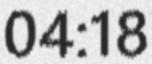
04:18